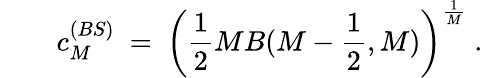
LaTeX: \qquad c_{M}^{(BS)}\ =\ \left(\frac{1}{2}MB(M-\frac{1}{2},M)\right)^{\frac{1}{M}}\ .